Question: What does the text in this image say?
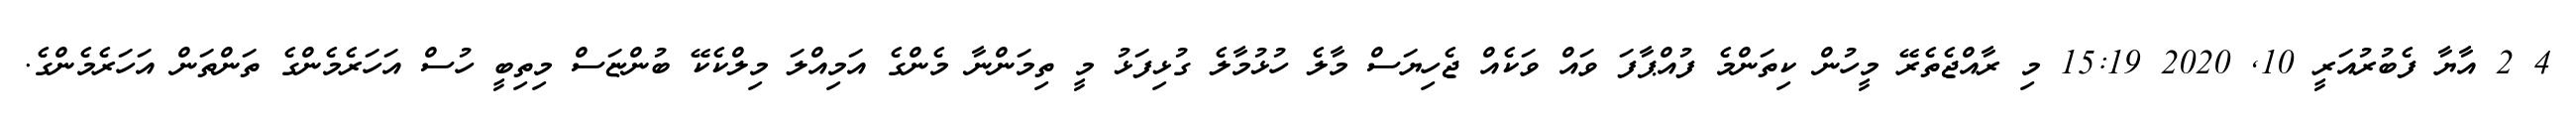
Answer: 4 2 އާޔާ ފެބުރުއަރީ 10, 2020 15:19 މި ރާއްޖެތެރޭ މީހުން ކިތަންމެ ފުއްޕާފަ ވައް ވަކެއް ޖެހިޔަސް މާލެ ހުޅުމާލެ ގުޅިފަޅު މީ ތިމަންނާ މެންގެ އަމިއްލަ މިލްކެކޭ ބުންޏަސް މިތިބީ ހުސް އަހަރެމެންގެ ތަންތަން އަހަރެމެންގެ.